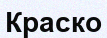
Краско